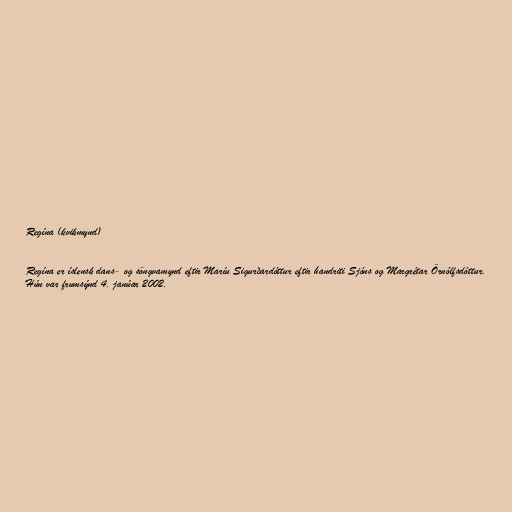
Regína (kvikmynd)

Regína er íslensk dans- og söngvamynd eftir Maríu Sigurðardóttur eftir handriti Sjóns og Margrétar Örnólfsdóttur.
Hún var frumsýnd 4. janúar 2002.